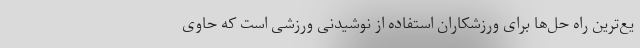
یع‌ترین راه حل‌ها برای ورزشکاران استفاده از نوشیدنی ورزشی است که حاوی